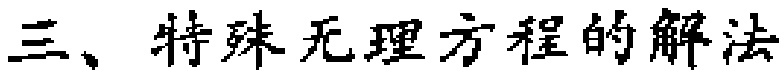
三、特殊无理方程的解法